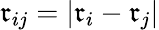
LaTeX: \mathfrak{r}_{ij}=|\mathbf{{\mathfrak{r}}}_{i}-\mathbf{{\mathfrak{r}}}_{j}|